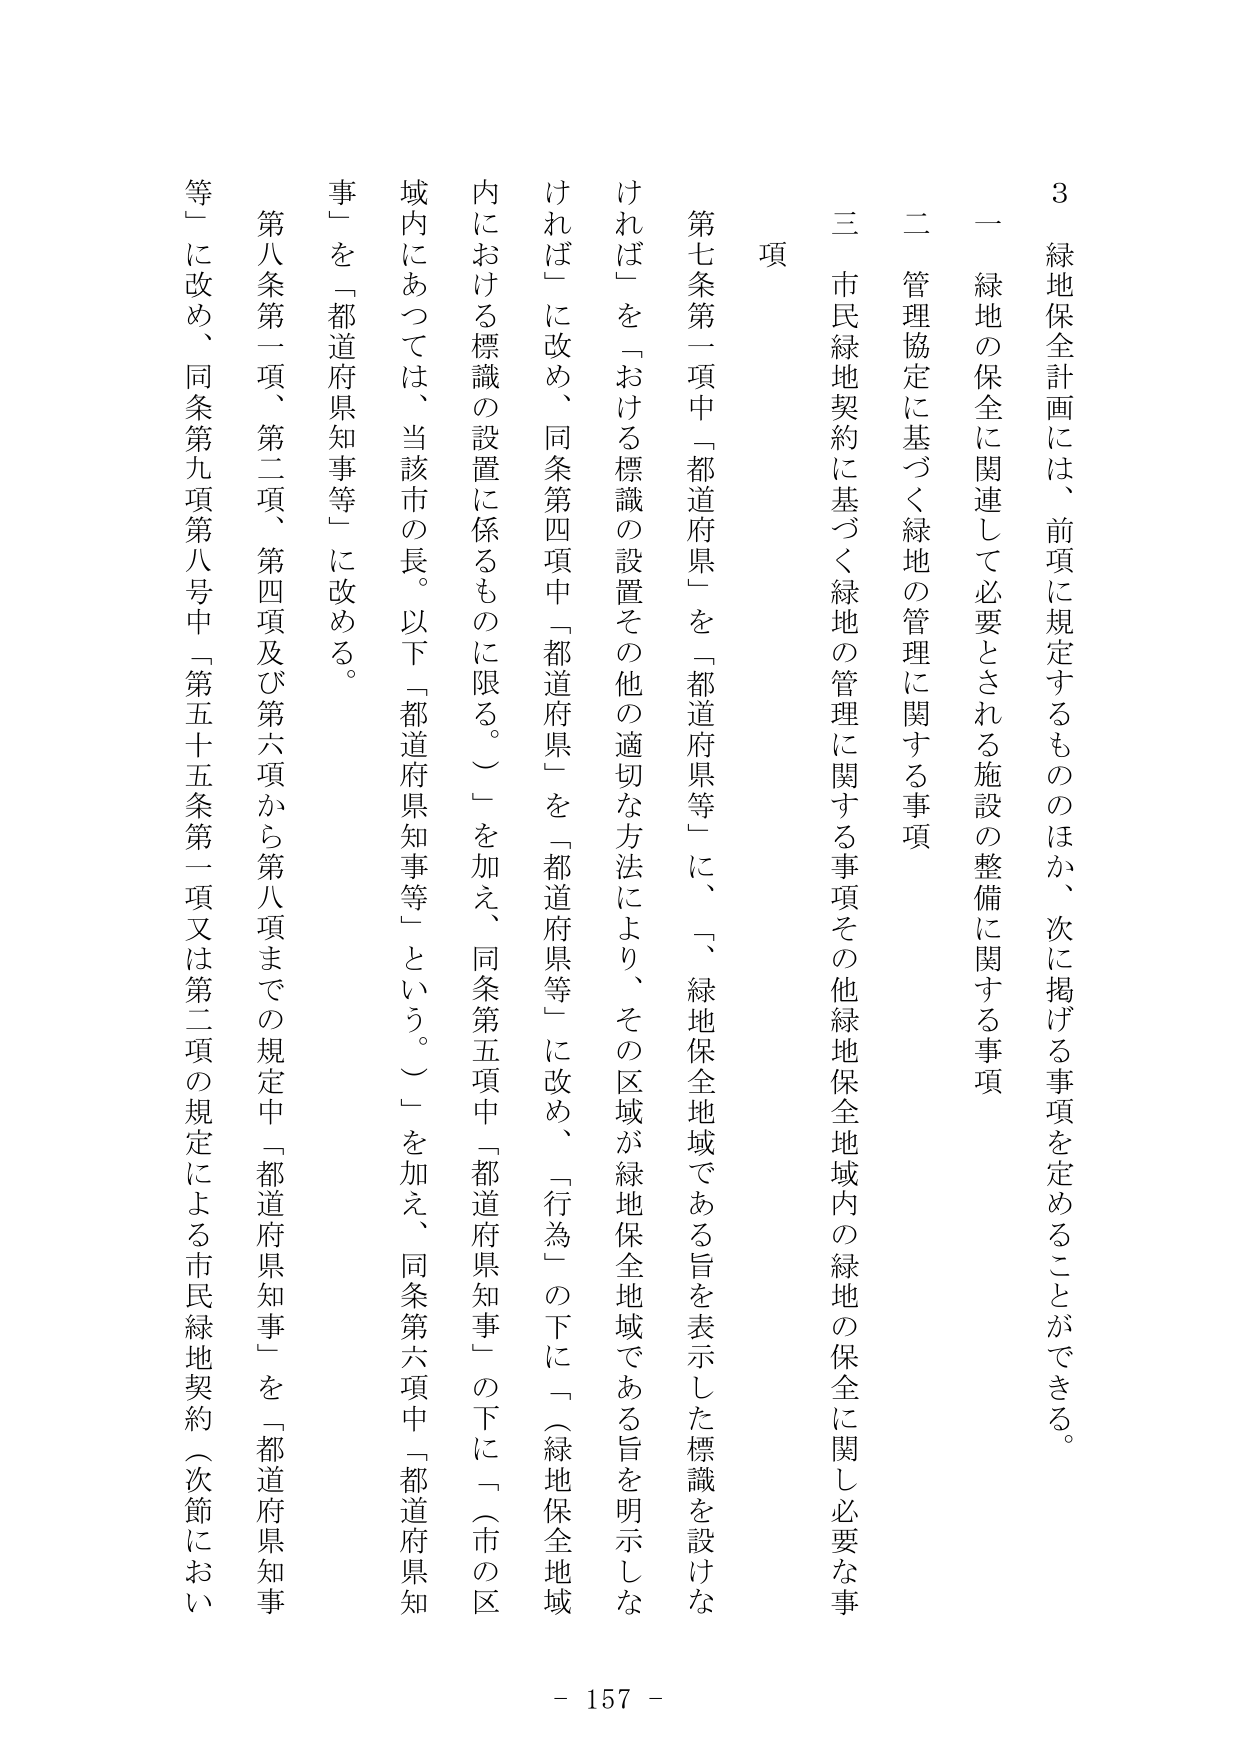
3 緑地保全計画には、前項に規定するもののほか、次に掲げる事項を定めることができる。

一 緑地の保全に関連して必要とされる施設の整備に関する事項

二 管理協定に基づく緑地の管理に関する事項

三 市民緑地契約に基づく緑地の管理に関する事項その他緑地保全地域内の緑地の保全に関し必要な事項

第七条第一項中「都道府県」を「都道府県等」に、「緑地保全地域である旨を表示した標識を設けなければならない」を「おける標識の設置その他の適切な方法により、その区域が緑地保全地域である旨を明示しなければ」に改め、同条第四項中「都道府県」を「都道府県等」に改め、「行為」の下に「（緑地保全地域内における標識の設置に係るものに限る。）」を加え、同条第五項中「都道府県知事」の下に「（市の区域内にあっては、当該市の長。以下「都道府県知事等」という。）」を加え、同条第六項中「都道府県知事」を「都道府県知事等」に改める。

第八条第一項、第二項、第四項及び第六項から第八項までの規定中「都道府県知事」を「都道府県知事等」に改め、同条第九項第八号中「第五十五条第一項又は第二項の規定による市民緑地契約（次節において

- 157 -